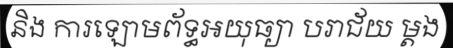
និង ការឡោមព័ទ្ធអយុធ្យា បរាជ័យ ម្តង